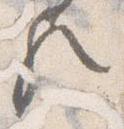
歟